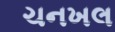
ચનખલ